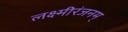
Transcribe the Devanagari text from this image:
लक्ष्मीरंजनम्